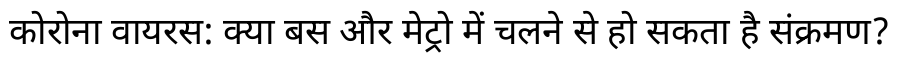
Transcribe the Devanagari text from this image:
कोरोना वायरस: क्या बस और मेट्रो में चलने से हो सकता है संक्रमण?